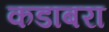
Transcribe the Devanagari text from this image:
कडाबरा